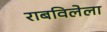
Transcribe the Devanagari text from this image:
राबविलेला